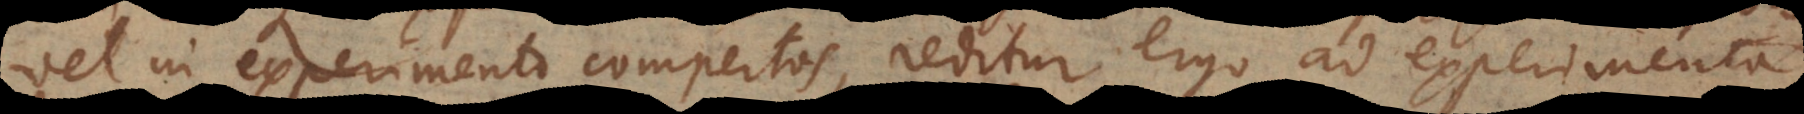
vel in experimento compertos, reditur ergo ad experimenta